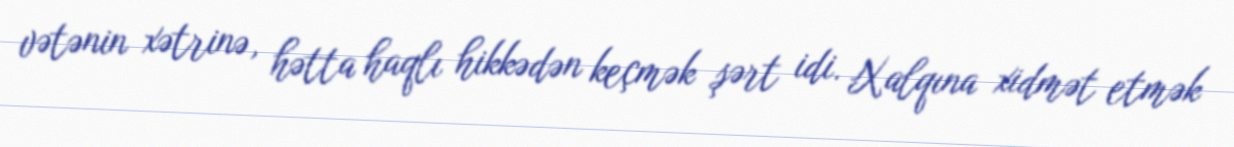
vətənin xətrinə, hətta haqlı hikkədən keçmək şərt idi. Xalqına xidmət etmək